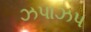
ઝપાઝપ